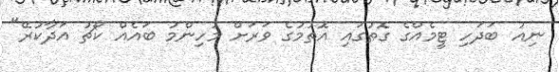
ނިއު ބަދަހި ޓީމެއްގެ ގޮތުގައި އޮތުމުގެ ވަރަށް މުހިންމު ބައެއް ކޯޗު އަދާކުރޭ"